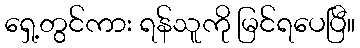
ရှေ့တွင်ကား ရန်သူကို မြင်ရပေပြီ။